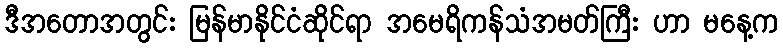
ဒီအတောအတွင်း မြန်မာနိုင်ငံဆိုင်ရာ အမေရိကန်သံအမတ်ကြီး ဟာ မနေ့က